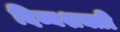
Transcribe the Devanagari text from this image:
दिव्यशक्ती